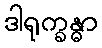
ဒါရုက္ခန္ဓာ